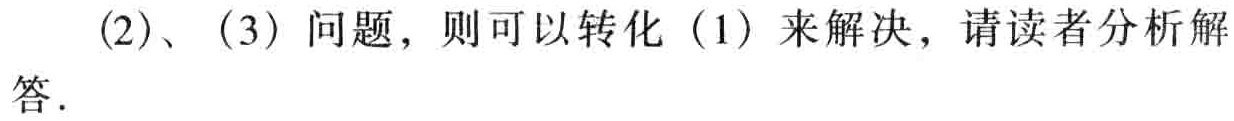
(2)、(3) 问题，则可以转化 (1) 来解决，请读者分析解答.